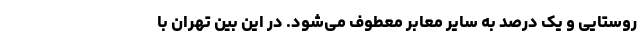
روستایی و یک درصد به سایر معابر معطوف می‌شود. در این بین تهران با